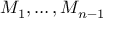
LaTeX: M _ { 1 } , \ldots , M _ { n - 1 }